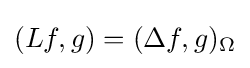
(Lf,g)=(\Delta f,g)_{\Omega }